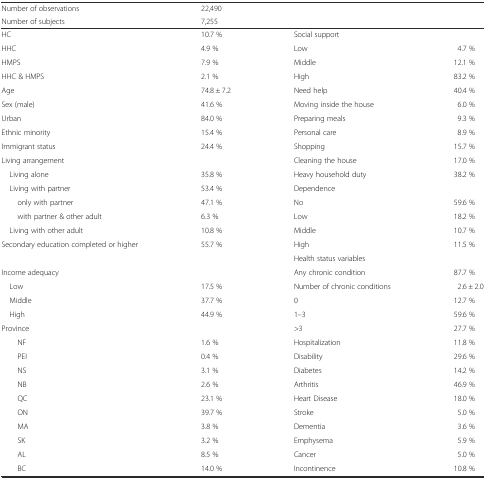
| Number of observations | 22,490 |  |  |
 | Number of subjects | 7,255 |  |  |
 | --- | --- | --- | --- |
 | HC | 10.7 % | Social support |  |
 | HHC | 4.9 % | Low | 4.7 % |
 | HMPS | 7.9 % | Middle | 12.1 % |
 | HHC & HMPS | 2.1 % | High | 83.2 % |
 | Age | 74.8 ± 7.2 | Need help | 40.4 % |
 | Sex (male) | 41.6 % | Moving inside the house | 6.0 % |
 | Urban | 84.0 % | Preparing meals | 9.3 % |
 | Ethnic minority | 15.4 % | Personal care | 8.9 % |
 | Immigrant status | 24.4 % | Shopping | 15.7 % |
 | Living arrangement |  | Cleaning the house | 17.0 % |
 | Living alone | 35.8 % | Heavy household duty | 38.2 % |
 | Living with partner | 53.4 % | Dependence |  |
 | only with partner | 47.1 % | No | 59.6 % |
 | with partner & other adult | 6.3 % | Low | 18.2 % |
 | Living with other adult | 10.8 % | Middle | 10.7 % |
 | <ROWSPAN=2> Secondary education completed or higher | <ROWSPAN=2> 55.7 % | High | 11.5 % |
 | Health status variables |  |
 | Income adequacy |  | Any chronic condition | 87.7 % |
 | Low | 17.5 % | Number of chronic conditions | 2.6 ± 2.0 |
 | Middle | 37.7 % | 0 | 12.7 % |
 | High | 44.9 % | 1–3 | 59.6 % |
 | Province |  | >3 | 27.7 % |
 | NF | 1.6 % | Hospitalization | 11.8 % |
 | PEI | 0.4 % | Disability | 29.6 % |
 | NS | 3.1 % | Diabetes | 14.2 % |
 | NB | 2.6 % | Arthritis | 46.9 % |
 | QC | 23.1 % | Heart Disease | 18.0 % |
 | ON | 39.7 % | Stroke | 5.0 % |
 | MA | 3.8 % | Dementia | 3.6 % |
 | SK | 3.2 % | Emphysema | 5.9 % |
 | AL | 8.5 % | Cancer | 5.0 % |
 | BC | 14.0 % | Incontinence | 10.8 % |